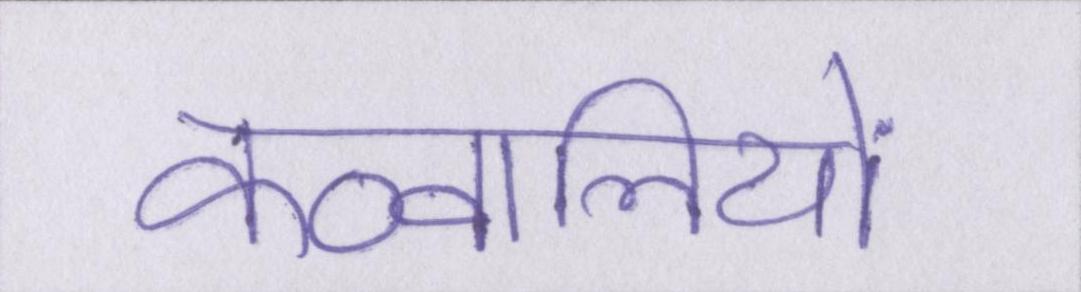
कव्वालियों